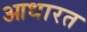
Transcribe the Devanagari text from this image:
आधारत